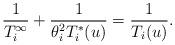
LaTeX: \begin{align*}\frac{1}{T_i^{\infty}}+\frac{1}{\theta_i^2T^*_i(u)}=\frac{1}{T_i(u)}.\end{align*}